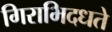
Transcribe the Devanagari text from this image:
गिराभिदधते